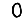
Digit: 0